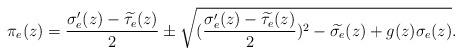
LaTeX: \begin{align*}\pi_{e}(z)=\frac{\sigma_{e}'(z)-\widetilde{\tau_{e}}(z)}{2}\pm\sqrt{(\frac{\sigma_{e}'(z)-\widetilde{\tau_{e}}(z)}{2})^{2}-\widetilde{\sigma_{e}}(z)+g(z)\sigma_{e}(z)}.\end{align*}